Eesti_Peakonsulaat_New_Yorgis, lk 65
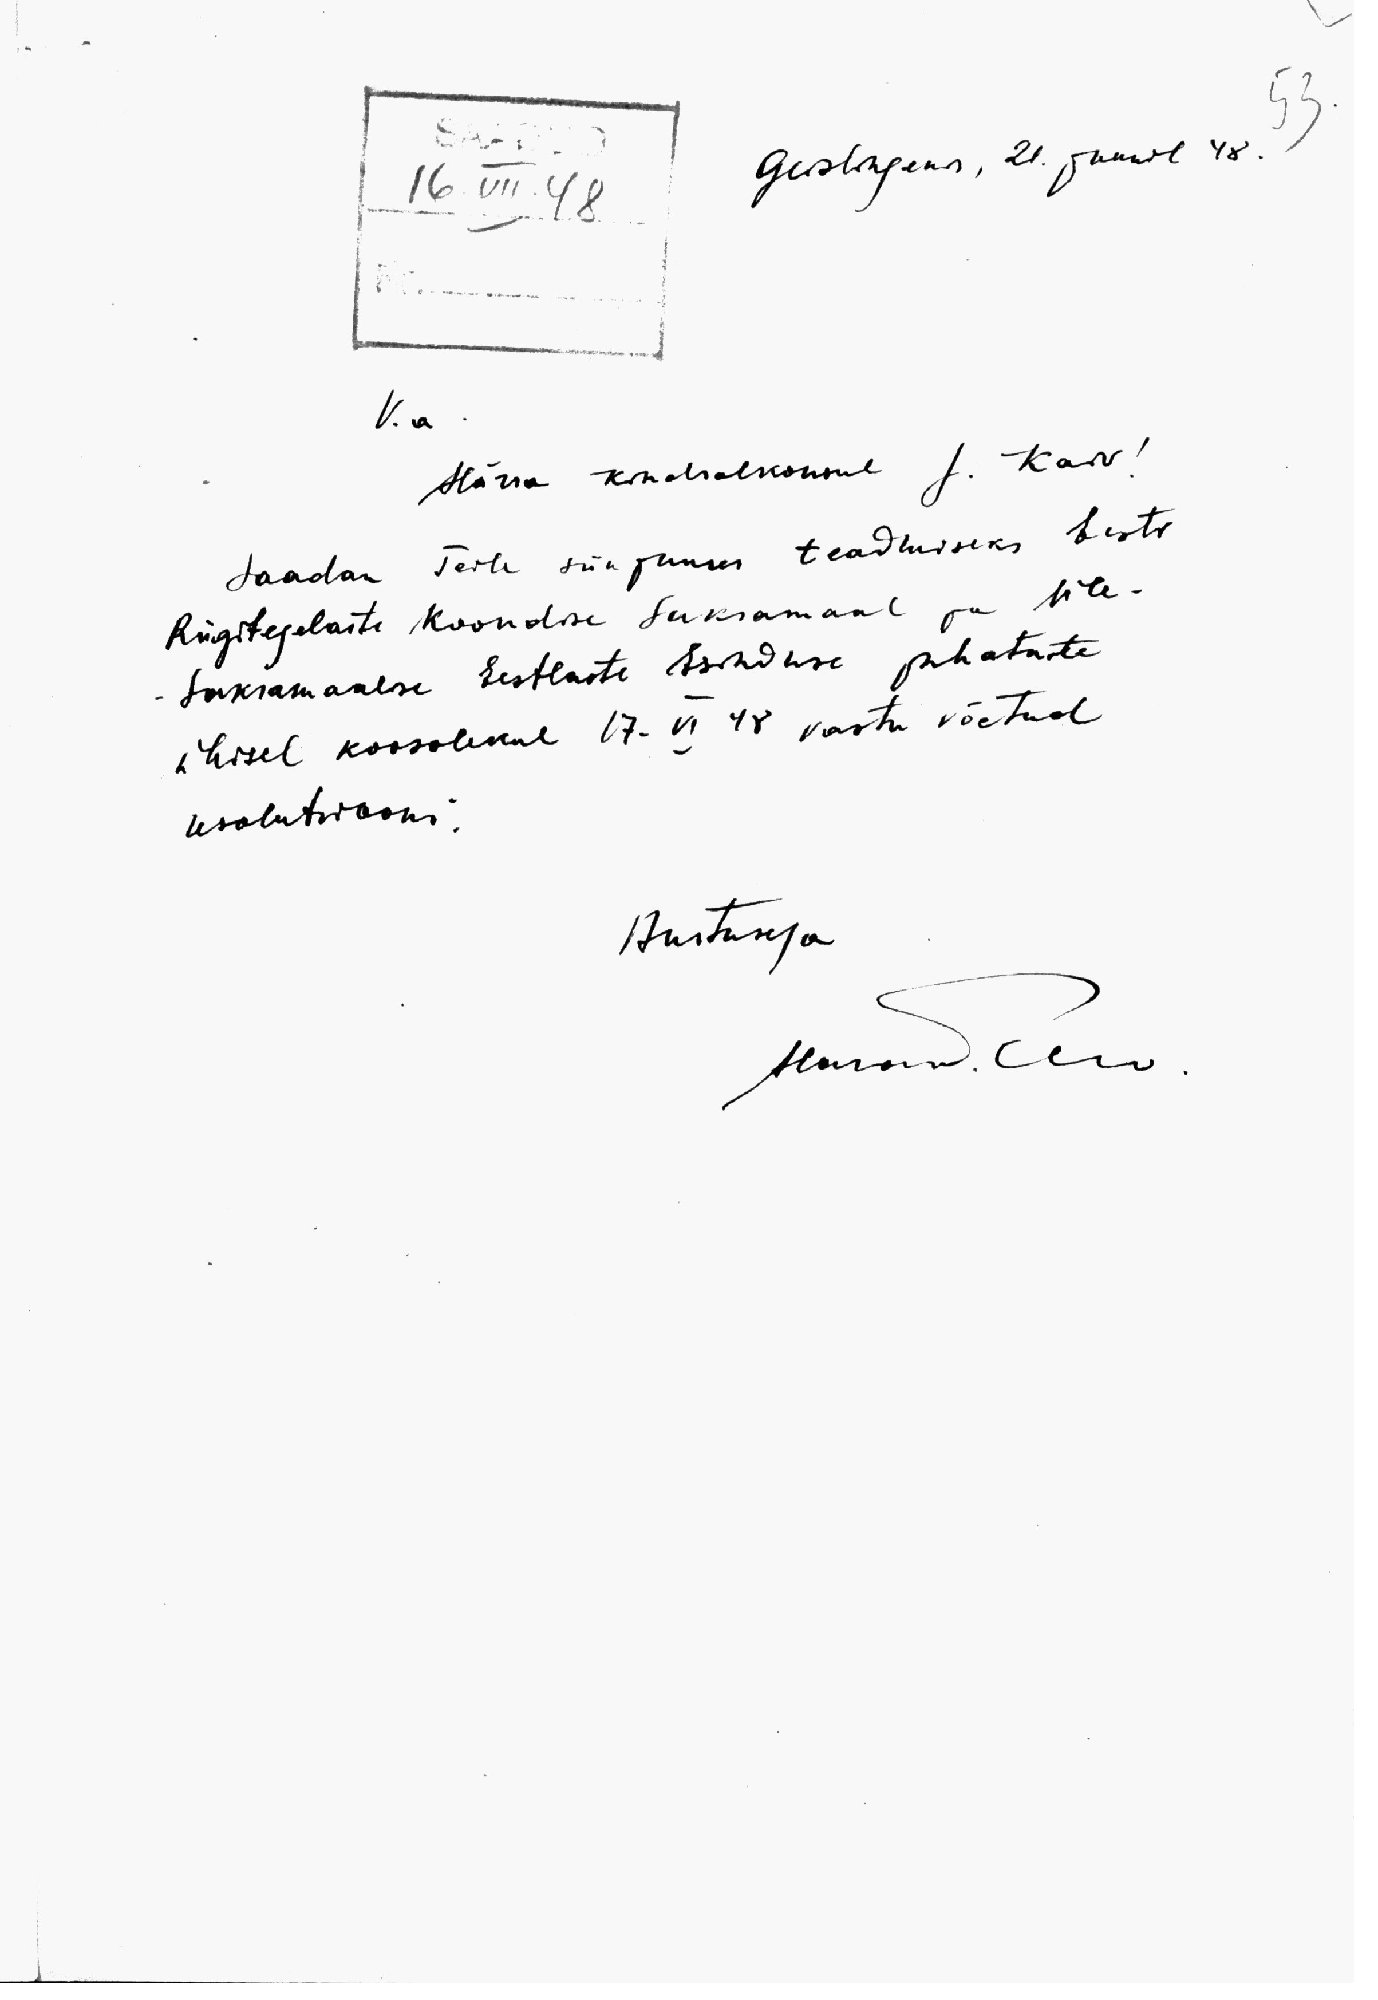
53.
16.VII.48
Geislingenis, 21. juunil 48.
V.a
Härra kindralkonsul J. Kaiv!
Saadan Teile siin juures teadmiseks Eesti
Riigitegelaste Koondise Saksamaal ja Üle-
Saksamaalise Eestlaste Esinduse juhatuste
ühisel koosolekul 17-VI 48 vastu võetud
resolutsiooni.
Austusega
Harand. Olin